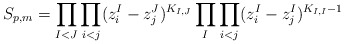
\begin{align*}S_{p,m}=\prod_{I<J} \prod_{i<j}(z^I_i-z^J_j)^{K_{I,J}}\prod_I\prod_{i<j}(z^I_i-z^I_j)^{K_{I,I}-1}\end{align*}